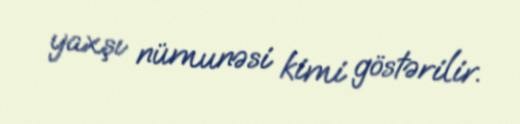
yaxşı nümunəsi kimi göstərilir.